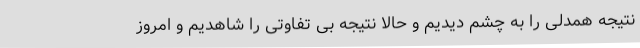
نتیجه همدلی را به چشم دیدیم و حالا نتیجه بی تفاوتی را شاهدیم و امروز